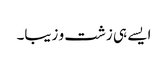
ایسے ہی زشت و زیبا۔